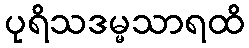
ပုရိသဒမ္မသာရထိ